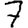
Digit: 7